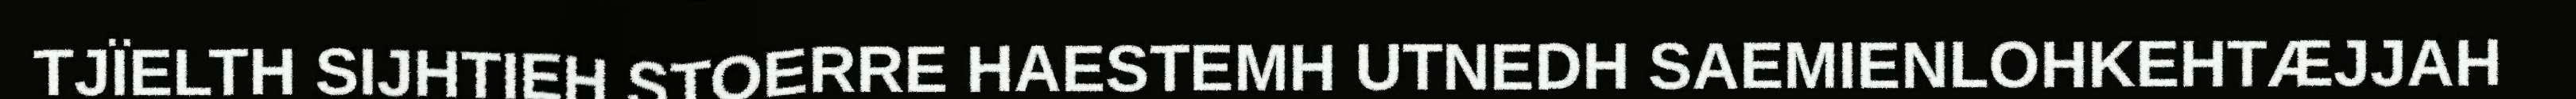
TJÏELTH SIJHTIEH STOERRE HAESTEMH UTNEDH SAEMIENLOHKEHTÆJJAH